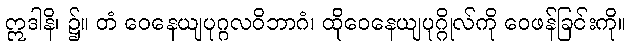
ဣဒါနိ၊ ၌။ တံ ဝေနေယျပုဂ္ဂလဝိဘာဂံ၊ ထိုဝေနေယျပုဂ္ဂိုလ်ကို ဝေဖန်ခြင်းကို။